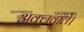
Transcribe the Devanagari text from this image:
अक्लवाले।